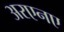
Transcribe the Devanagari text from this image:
अरएनए